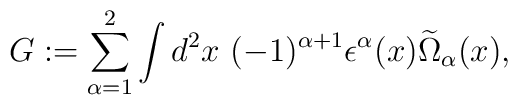
G:=\sum^2_{\alpha=1}\int d^2x~(-1)^{\alpha+1}\epsilon^\alpha(x)\widetilde\Omega_\alpha(x),